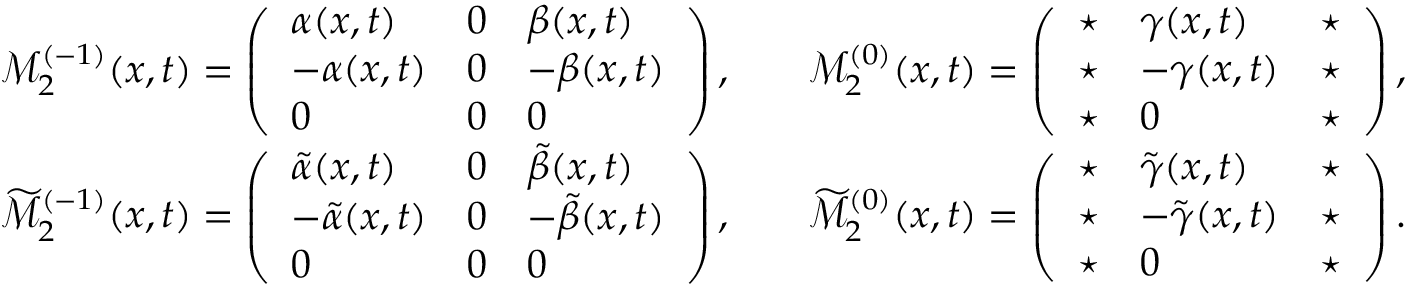
\begin{array} { r l r l } & { \mathcal { M } _ { 2 } ^ { ( - 1 ) } ( x , t ) = \left( \begin{array} { l l l } { \alpha ( x , t ) } & { 0 } & { \beta ( x , t ) } \\ { - \alpha ( x , t ) } & { 0 } & { - \beta ( x , t ) } \\ { 0 } & { 0 } & { 0 } \end{array} \right) , } & & { \mathcal { M } _ { 2 } ^ { ( 0 ) } ( x , t ) = \left( \begin{array} { l l l } { \star } & { \gamma ( x , t ) } & { \star } \\ { \star } & { - \gamma ( x , t ) } & { \star } \\ { \star } & { 0 } & { \star } \end{array} \right) , } \\ & { \widetilde { \mathcal { M } } _ { 2 } ^ { ( - 1 ) } ( x , t ) = \left( \begin{array} { l l l } { \tilde { \alpha } ( x , t ) } & { 0 } & { \tilde { \beta } ( x , t ) } \\ { - \tilde { \alpha } ( x , t ) } & { 0 } & { - \tilde { \beta } ( x , t ) } \\ { 0 } & { 0 } & { 0 } \end{array} \right) , } & & { \widetilde { \mathcal { M } } _ { 2 } ^ { ( 0 ) } ( x , t ) = \left( \begin{array} { l l l } { \star } & { \tilde { \gamma } ( x , t ) } & { \star } \\ { \star } & { - \tilde { \gamma } ( x , t ) } & { \star } \\ { \star } & { 0 } & { \star } \end{array} \right) . } \end{array}